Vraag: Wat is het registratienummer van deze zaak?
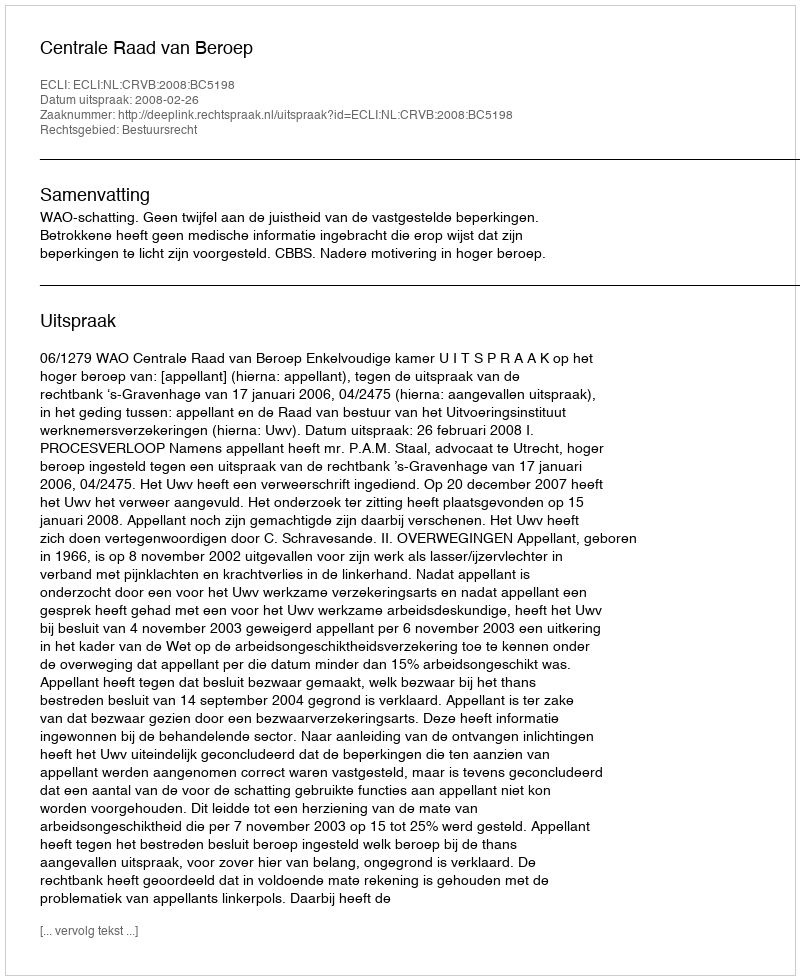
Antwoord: http://deeplink.rechtspraak.nl/uitspraak?id=ECLI:NL:CRVB:2008:BC5198